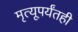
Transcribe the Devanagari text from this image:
मृत्यूपर्यंतही